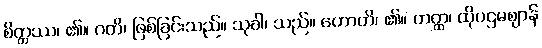
စိတ္တဿ၊ ၏။ ဂတိ၊ ဖြစ်ခြင်းသည်။ သုခါ၊ သည်။ ဟောတိ၊ ၏။ တတ္ထ၊ ထိုပဌမဈာန်